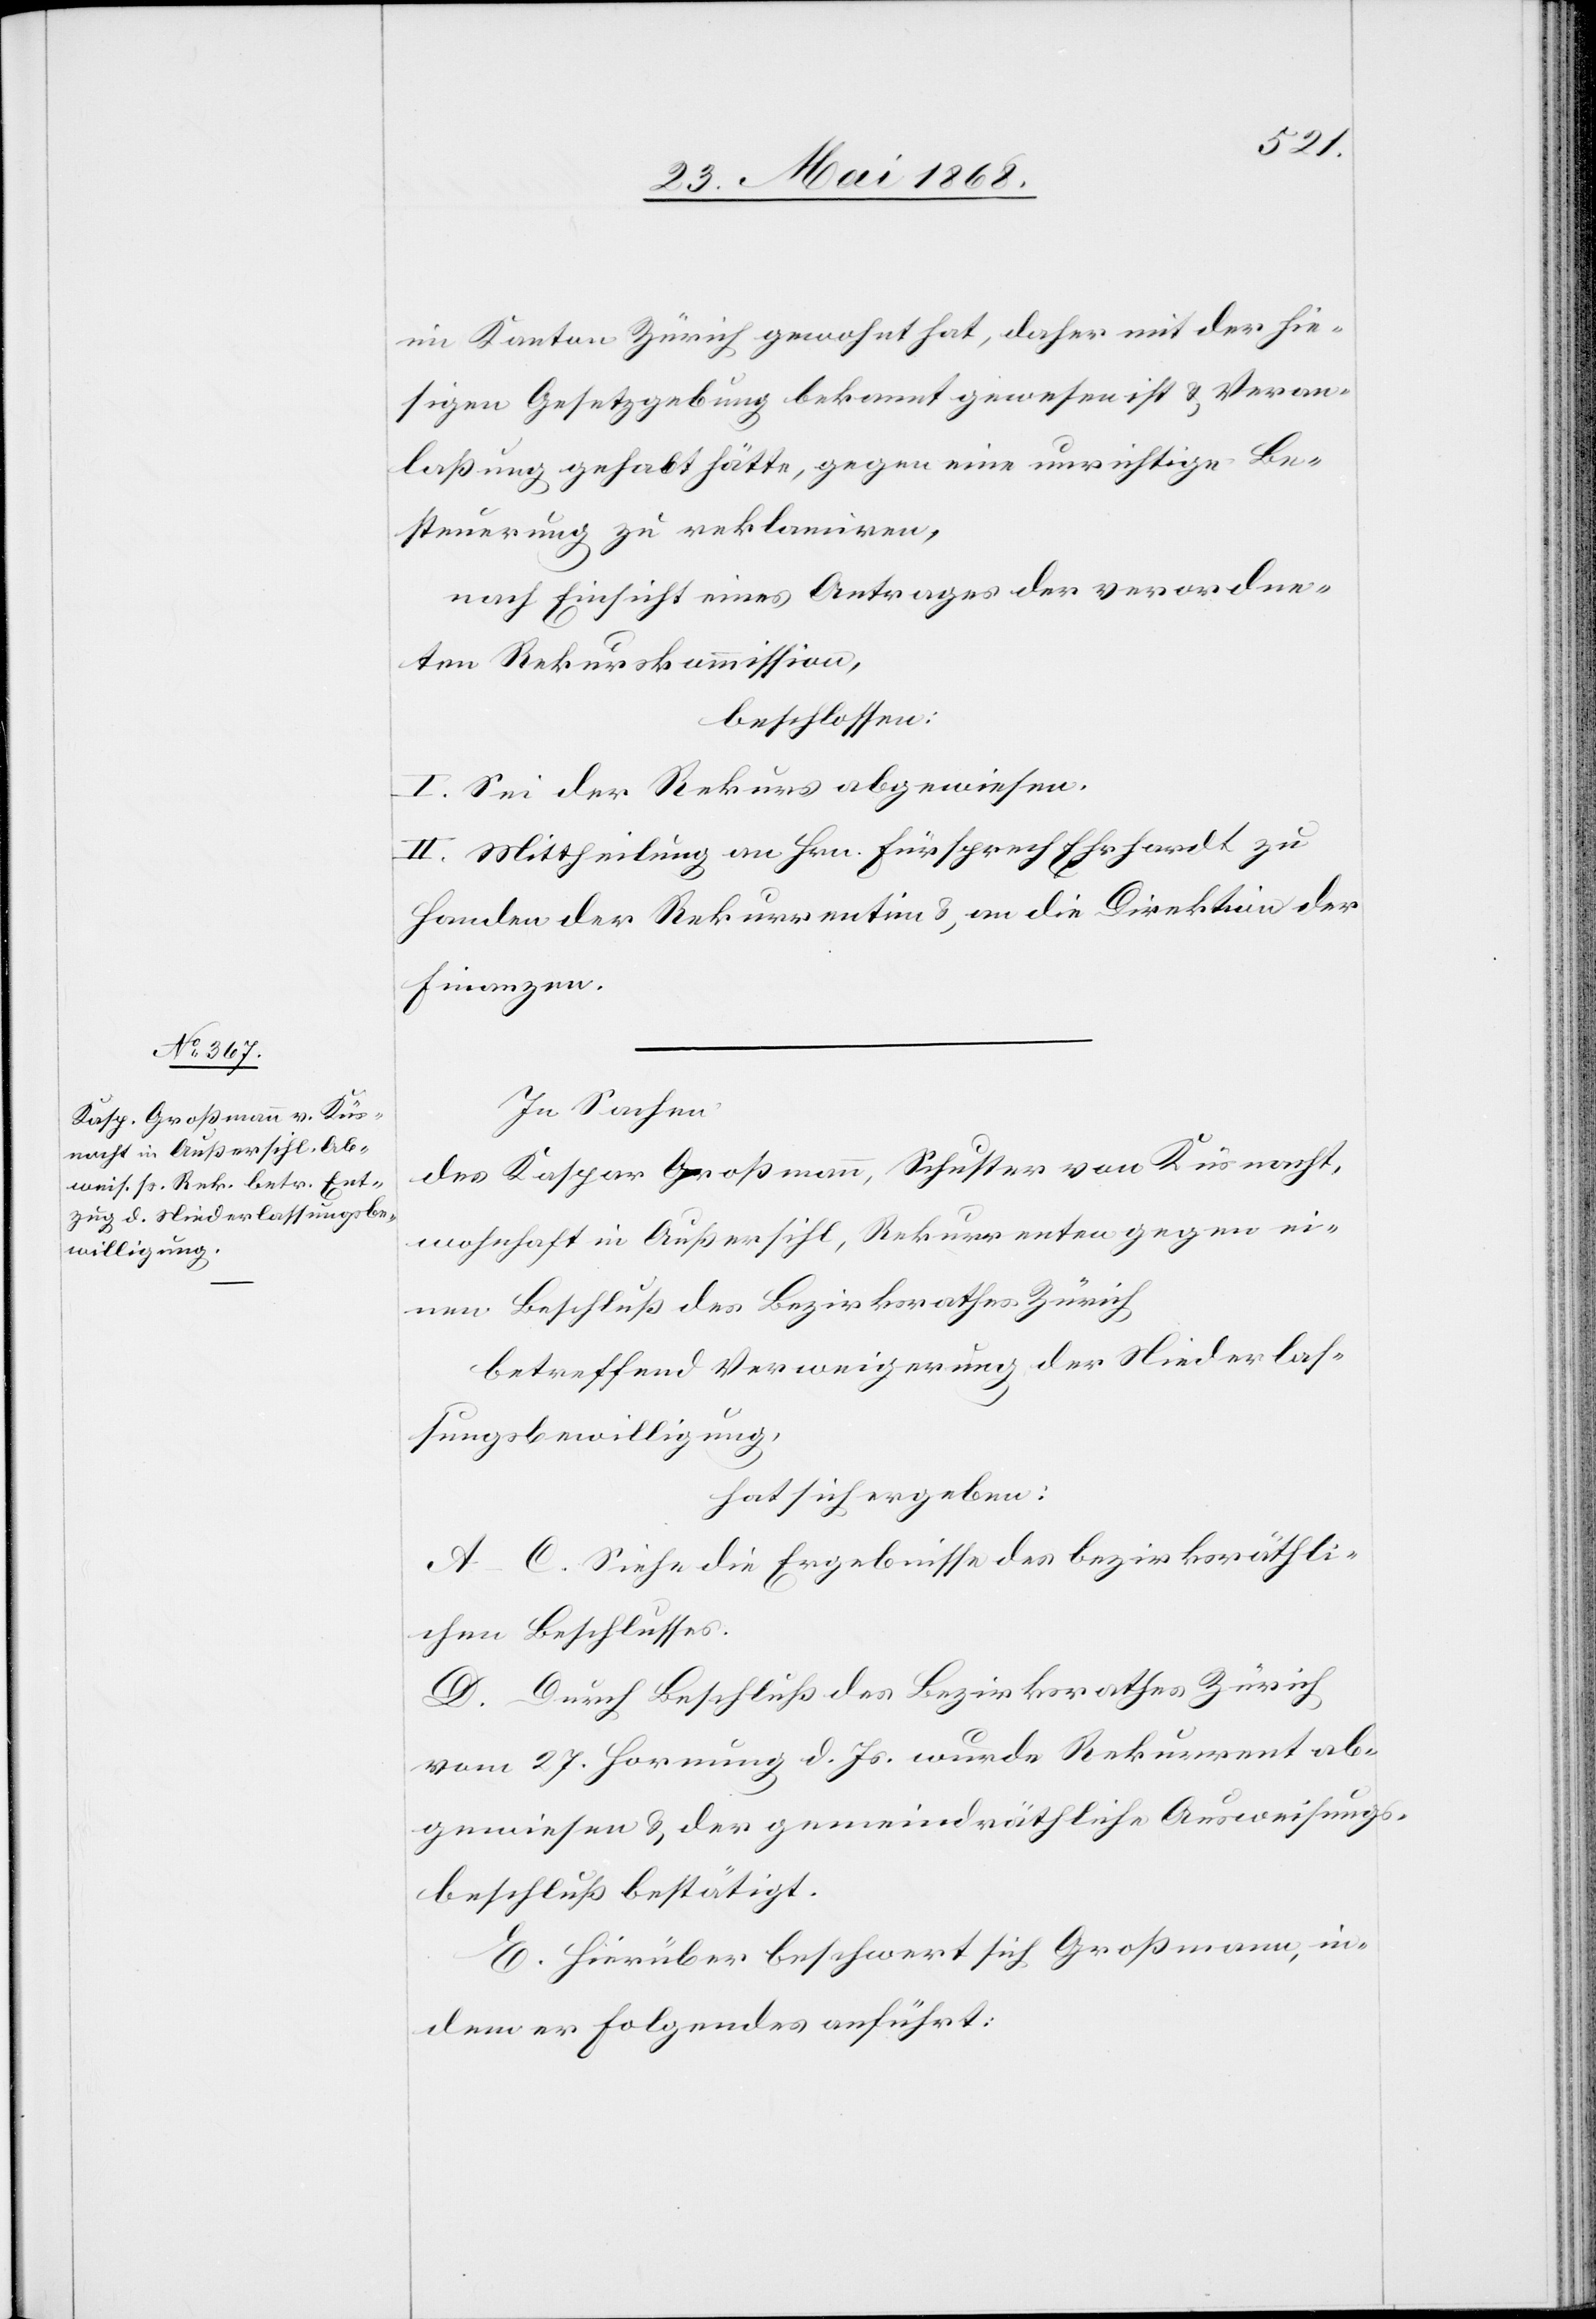
im Kanton Zürich gewohnt hat, daher mit der hie¬
sigen Gesetzgebung bekannt gewesen ist & Veran¬
laßung gehabt hätte, gegen eine unrichtige Be¬
steuerung zu reklamiren,
nach Einsicht eines Antrages der verordne¬
ten Rekurskommission,
beschlossen:
I. Sei der Rekurs abgewiesen.
II. Mittheilung an Hrn. Fürsprech Ehrhardt zu
Handen der Rekurrentin & an die Direktion der
Finanzen.
In Sachen
des Kaspar Großmann, Schuster von Küsnacht,
wohnhaft in Außersihl, Rekurrenten gegen ein¬
en Beschluß des Bezirksrathes Zürich
betreffend Verweigerung der Niederlas¬
sungsbewilligung,
hat sich ergeben:
A–C. Siehe die Ergebnisse des bezirksräthli¬
chen Beschlusses.
D. Durch Beschluß des Bezirksrathes Zürich
vom 27. Hornung d. Js. wurde Rekurrent ab¬
gewiesen & der gemeindräthliche Ausweisungs¬
beschluß bestätigt.
E. Hierüber beschwert sich Großmann, in¬
dem er Folgendes anführt: